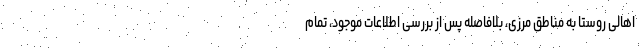
اهالی روستا به مناطق مرزی، بلافاصله پس از بررسی اطلاعات موجود، تمام